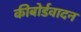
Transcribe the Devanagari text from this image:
कीबोर्डवादन